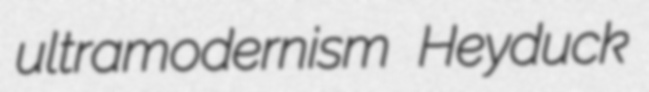
ultramodernism Heyduck